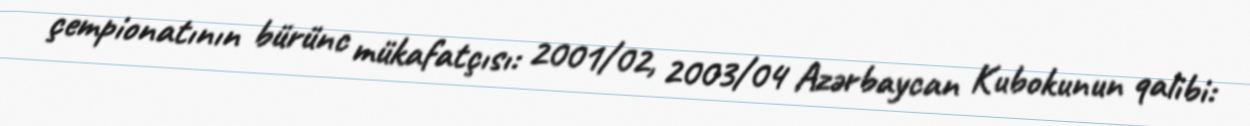
çempionatının bürünc mükafatçısı: 2001/02, 2003/04 Azərbaycan Kubokunun qalibi: